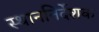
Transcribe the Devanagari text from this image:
स्थाननिर्देशक